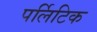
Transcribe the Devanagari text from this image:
पर्लिटिक